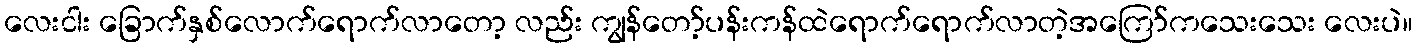
လေးငါး ခြောက်နှစ်လောက်ရောက်လာတော့ လည်း ကျွန်တော့်ပန်းကန်ထဲရောက်ရောက်လာတဲ့အကြော်ကသေးသေး လေးပဲ။